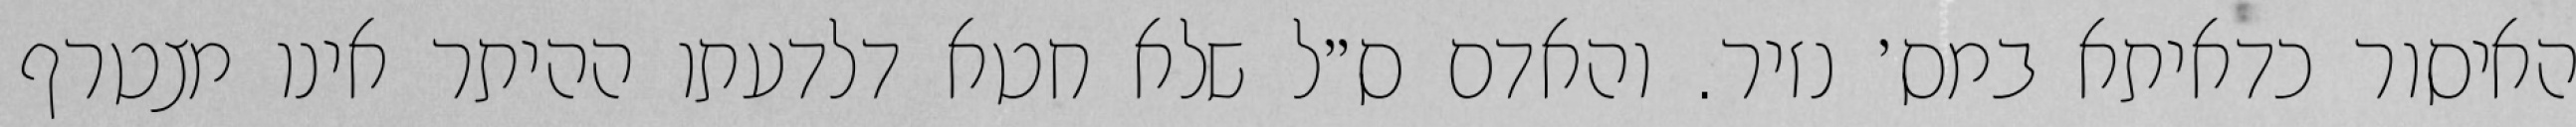
האיסור כדאיתא במס׳ נזיר. והאדם ס״ל שלא חטא דלדעתו ההיתר אינו מצטרף